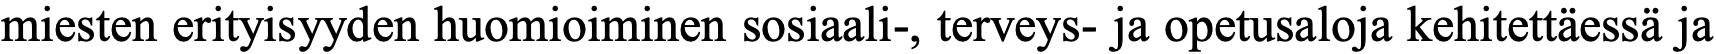
miesten erityisyyden huomioiminen sosiaali-, terveys- ja opetusaloja kehitettäessä ja